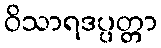
ဝိသာရဒပ္ပတ္တာ